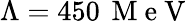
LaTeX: \Lambda=450\, \mathrm{~M~e~V~}